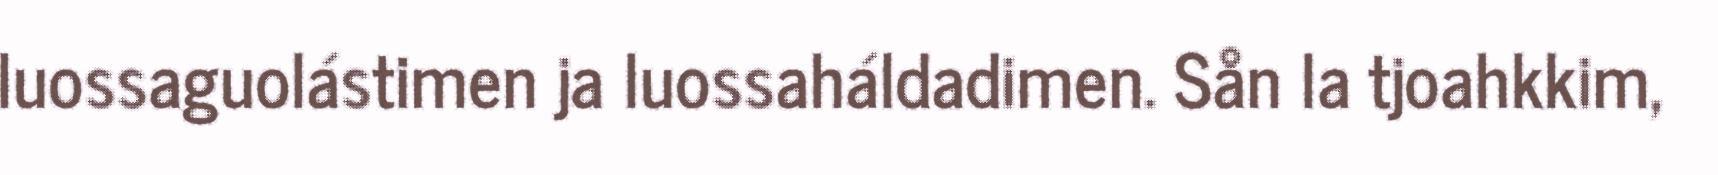
luossaguolástimen ja luossaháldadimen. Sån la tjoahkkim,